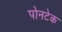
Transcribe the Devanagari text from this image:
पोनटेक